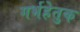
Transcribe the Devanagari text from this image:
गर्भहेतुक